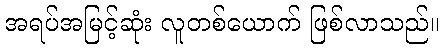
အရပ်အမြင့်ဆုံး လူတစ်ယောက် ဖြစ်လာသည်။